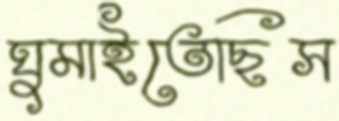
ঘুমাইতেছিস